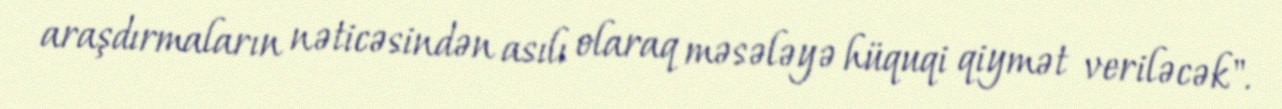
araşdırmaların nəticəsindən asılı olaraq məsələyə hüquqi qiymət veriləcək".